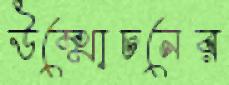
উম্মোচনের